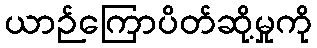
ယာဉ်ကြောပိတ်ဆို့မှုကို